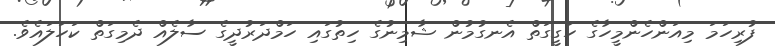
ފުރިހަމަ މިއަންހެންމީހާގެ ހަގީގަތް އެނގުމުން ޝާމިނުގެ ހިތުގައި ހަމްދަރުދީގެ ސާލެއް ދެމިގަތް ކަހަލައެވެ.